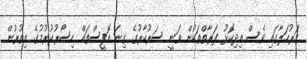
މަރުހަލާގައި ވެސް އިދިކޮޅު ފަރާތްތަކުން ވަނީ ސަރުކާރުގެ ގިނަ އޮފީސްތައް ހިސޯރުކުރުމުގެ އިތުރުން